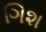
ગિશ